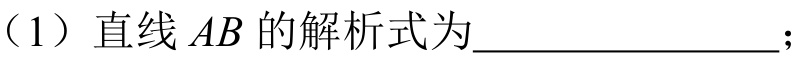
（1）直线 \(AB\) 的解析式为________________；